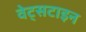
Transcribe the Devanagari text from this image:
वेट्सटाइन